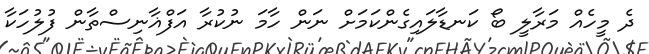
ދެ މީހެއް މަރާލީ ބޯ ކަނޑާލައިގެންކަމަށް ނަން ހާމަ ނުކުރާ އަފްޣާނިސްތާން ފުލުހަކާ